Civil Veterinary Dept. North-West Frontier Province 1933-46 - 1933-1946
Year: 1933
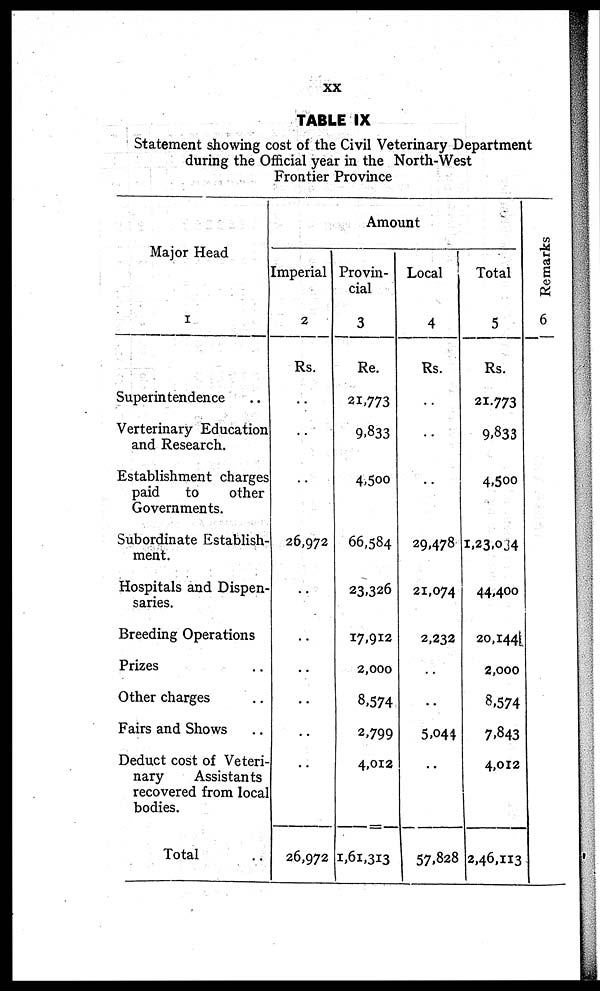
XX
TABLE IX
Statement showing cost of the Civil Veterinary Department
during the Official year in the North-West
Frontier Province
Major Head
1
Superintendence ..
Verterinary Education
and Research.
Establishment charges
paid
to
other
Governments.
Subordinate Establish-
ment.
Hospitals and Dispen-
saries.
Breeding Operations
Prizes ..
Other charges ..
Fairs and Shows ..
Deduct cost of Veteri-
nary
Assistants
recovered from local
bodies.
Total ..
Amount
Imperial
2
Rs.
..
..
..
26,972
..
..
..
..
..
..
26,972
Provin-
cial
3
Re.
21,773
9,833
4,500
66,584
23,326
17,912
2,000
8,574
2,799
4,012
1,61,313
Local
4
Rs.
..
..
..
29,478
21,074
2,232
..
..
5,044
..
57,828
Total
5
Rs.
21,773
9,833
4,500
1,23,084
44,400
20,144
2,000
8,574
7,843
4,012
2,46,113
Remarks
6